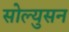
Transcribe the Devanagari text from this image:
सोल्युसन